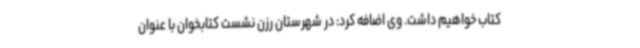
کتاب خواهیم داشت. وی اضافه کرد: در شهرستان رزن نشست کتابخوان با عنوان